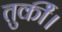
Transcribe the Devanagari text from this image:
तुर्की।